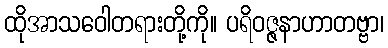
ထိုအာသဝေါတရားတို့ကို။ ပရိဝဇ္ဇနာဟာတဗ္ဗာ၊